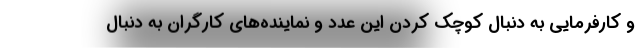
و كارفرمايي به دنبال كوچك كردن اين عدد و نماينده‌هاي كارگران به دنبال